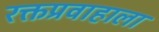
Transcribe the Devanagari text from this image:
रक्तप्रवाहाला